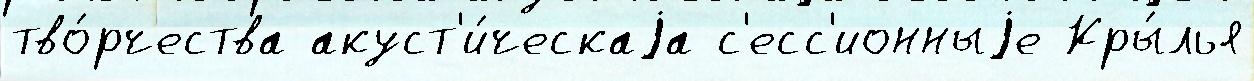
тво́рчества акуст'и́ческаjа с'есс'ионныjе Кры́лья